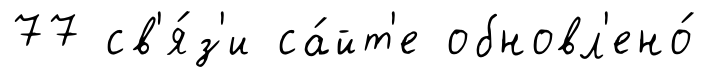
77 св'я́з'и са́йт'е обновл'ено́